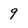
Character: 9